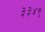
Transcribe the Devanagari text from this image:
३३४९